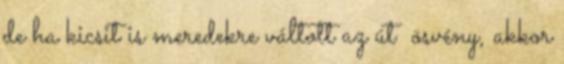
de ha kicsit is meredekre váltott az út ösvény, akkor